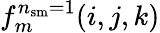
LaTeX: f_{m}^{n_{\mathrm{sm}}=1}(i,j,k)